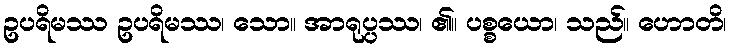
ဥပရိမဿ ဥပရိမဿ၊ သော။ အာရုပ္ပဿ၊ ၏။ ပစ္စယော၊ သည်။ ဟောတိ၊